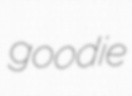
goodie